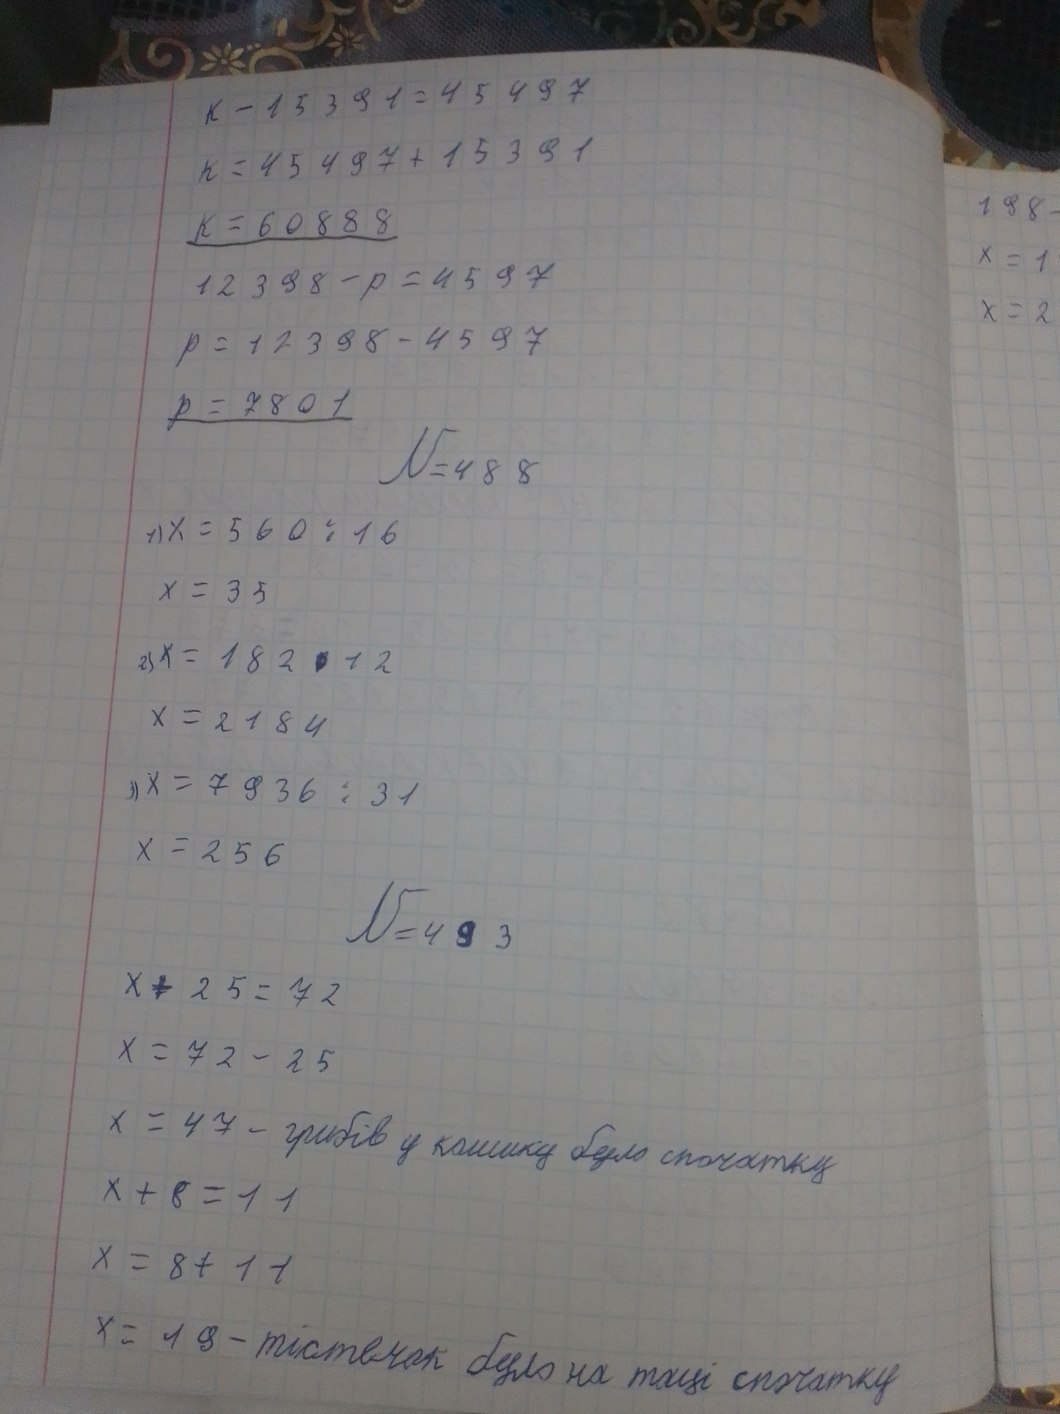
x - 15391 = 45497
x = 45497 + 15391
x = 60888
12398 - p = 4597
p = 12398 - 4597
p = 7801
№488
1) x = \frac{560}{16}
x = 35
2) x = 182 * 12
x = 2184
3) x = \frac{7936}{31}
x = 256
№493
x + 25 = 72
x = 72 - 25
x = 47 - грибів у кошику було спочатку
x + 8 = 11
x = 8 + 11
x = 19 - тістечок було на таці спочатку